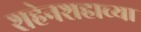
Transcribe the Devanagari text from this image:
शहेनशहाच्या